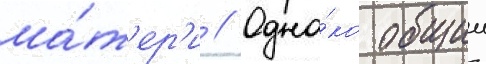
ма́т'ер'и // Одна́ко общии